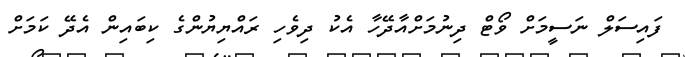
ފައިސަލް ނަސީމަށް ވޯޓް ދިނުމަށްއާދޭހާ އެކު ދިވެހި ރައްޔިޔުންގެ ކިބައިން އެދޭ ކަމަށް